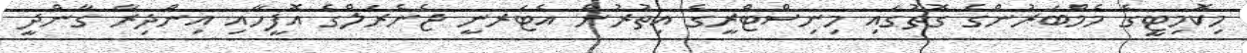
މިކޮމިޓީގެ މެމްބަރުންގެ ގޮތުގައި މިނިސްޓްރީގެ އިތުރުން އެޓަރނީ ޖެނެރަލްގެ އޮފީހާއި އިންދިރާ ގާންދީ